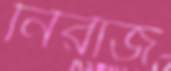
নিরাজ